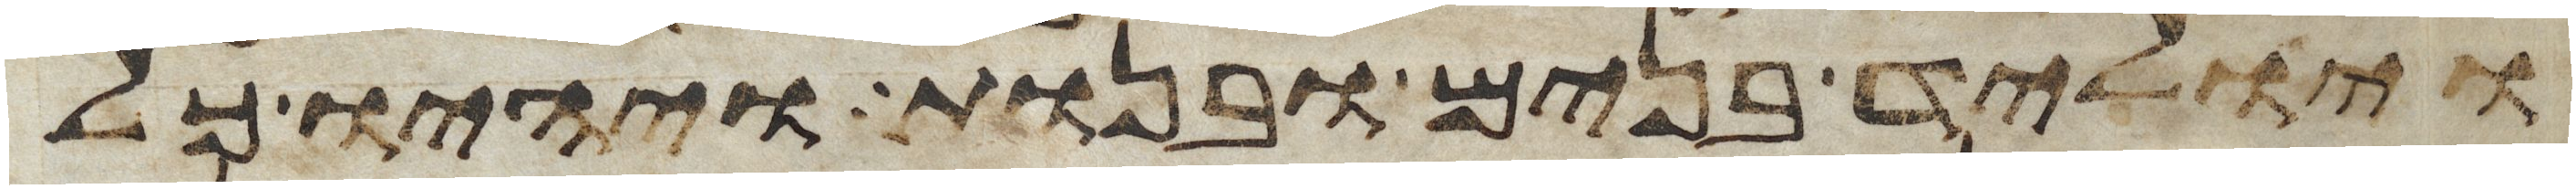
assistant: ויוליד בנים ובנות ויהיו כל